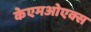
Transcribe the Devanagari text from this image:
केएमओएक्स